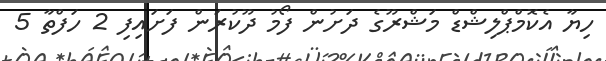
ހިޔާ އެކޮމްޕްލިޝްޑް މަޝްރޫގެ ދަށުން ފޯމު ދޫކުރަން ފަށައިފި 2 ހަފްތާ 5